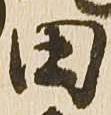
田